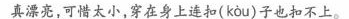
真漂亮，可惜太小，穿在身上连扣( kou )子也扣不上。